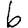
Digit: 6